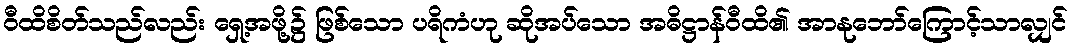
ဝီထိစိတ်သည်လည်း ရှေ့အဖို့၌ ဖြစ်သော ပရိကံဟု ဆိုအပ်သော အဓိဋ္ဌာန်ဝီထိ၏ အာနုဘော်ကြောင့်သာလျှင်